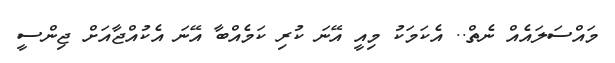
މައްސަލައެއް ނެތް.. އެކަމަކު މިއީ އޭނަ ކުރި ކަމެއްބާ އޭނަ އެކުއްޖާއަށް ޖިންސީ